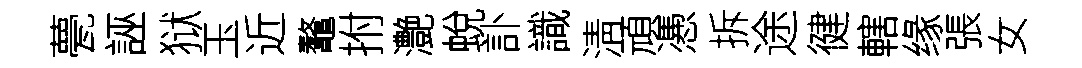
甍誣狱玉近鼇拊灔蛻訃識淸頑慿拆途徤轄缘張女